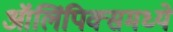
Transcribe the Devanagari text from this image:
ऑलिंपिक्समध्ये